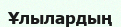
Ұлылардың